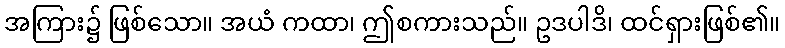
အကြား၌ ဖြစ်သော။ အယံ ကထာ၊ ဤစကားသည်။ ဥဒပါဒိ၊ ထင်ရှားဖြစ်၏။